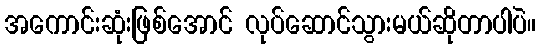
အကောင်းဆုံးဖြစ်အောင် လုပ်ဆောင်သွားမယ်ဆိုတာပါပဲ။